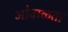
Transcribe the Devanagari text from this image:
ओवाळता